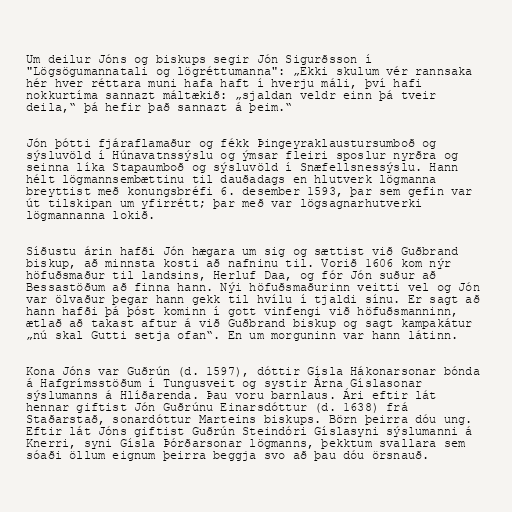
Um deilur Jóns og biskups segir Jón Sigurðsson í
"Lögsögumannatali og lögréttumanna": „Ekki skulum vér rannsaka
hér hver réttara muni hafa haft í hverju máli, því hafi
nokkurtíma sannazt máltækið: „sjaldan veldr einn þá tveir
deila,“ þá hefir það sannazt á þeim.“

Jón þótti fjáraflamaður og fékk Þingeyraklaustursumboð og
sýsluvöld í Húnavatnssýslu og ýmsar fleiri sposlur nyrðra og
seinna líka Stapaumboð og sýsluvöld í Snæfellsnessýslu. Hann
hélt lögmannsembættinu til dauðadags en hlutverk lögmanna
breyttist með konungsbréfi 6. desember 1593, þar sem gefin var
út tilskipan um yfirrétt; þar með var lögsagnarhutverki
lögmannanna lokið.

Síðustu árin hafði Jón hægara um sig og sættist við Guðbrand
biskup, að minnsta kosti að nafninu til. Vorið 1606 kom nýr
höfuðsmaður til landsins, Herluf Daa, og fór Jón suður að
Bessastöðum að finna hann. Nýi höfuðsmaðurinn veitti vel og Jón
var ölvaður þegar hann gekk til hvílu í tjaldi sínu. Er sagt að
hann hafði þá þóst kominn í gott vinfengi við höfuðsmanninn,
ætlað að takast aftur á við Guðbrand biskup og sagt kampakátur
„nú skal Gutti setja ofan“. En um morguninn var hann látinn.

Kona Jóns var Guðrún (d. 1597), dóttir Gísla Hákonarsonar bónda
á Hafgrímsstöðum í Tungusveit og systir Árna Gíslasonar
sýslumanns á Hlíðarenda. Þau voru barnlaus. Ári eftir lát
hennar giftist Jón Guðrúnu Einarsdóttur (d. 1638) frá
Staðarstað, sonardóttur Marteins biskups. Börn þeirra dóu ung.
Eftir lát Jóns giftist Guðrún Steindóri Gíslasyni sýslumanni á
Knerri, syni Gísla Þórðarsonar lögmanns, þekktum svallara sem
sóaði öllum eignum þeirra beggja svo að þau dóu örsnauð.